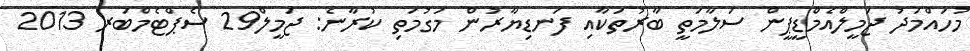
މުހައްމަދު ޖަމީލްއެމްޑީޕީން ސަލާމަތީ ބާރުތަކާއި ފަނޑިޔާރުން މަގުމަތި ކުރާނެ: ޖަމީލް29 ސެޕްޓެމްބަރ 2013